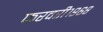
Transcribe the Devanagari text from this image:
फरवरी१९६८